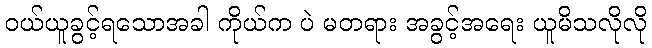
ဝယ်ယူခွင့်ရသောအခါ ကိုယ်က ပဲ မတရား အခွင့်အရေး ယူမိသလိုလို